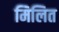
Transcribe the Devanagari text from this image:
मिलित